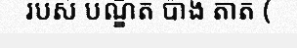
របស់ បណ្ឌិត ប៉ាង តាត (